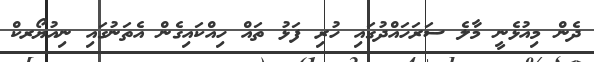
ދެން މިއުޅެނީ މާލެ ސަރަހައްދުގައި ހުރި ފަޅު ތައް ހިއްކައިގެން އެތަނުގައި ނިއުޔޯރކް